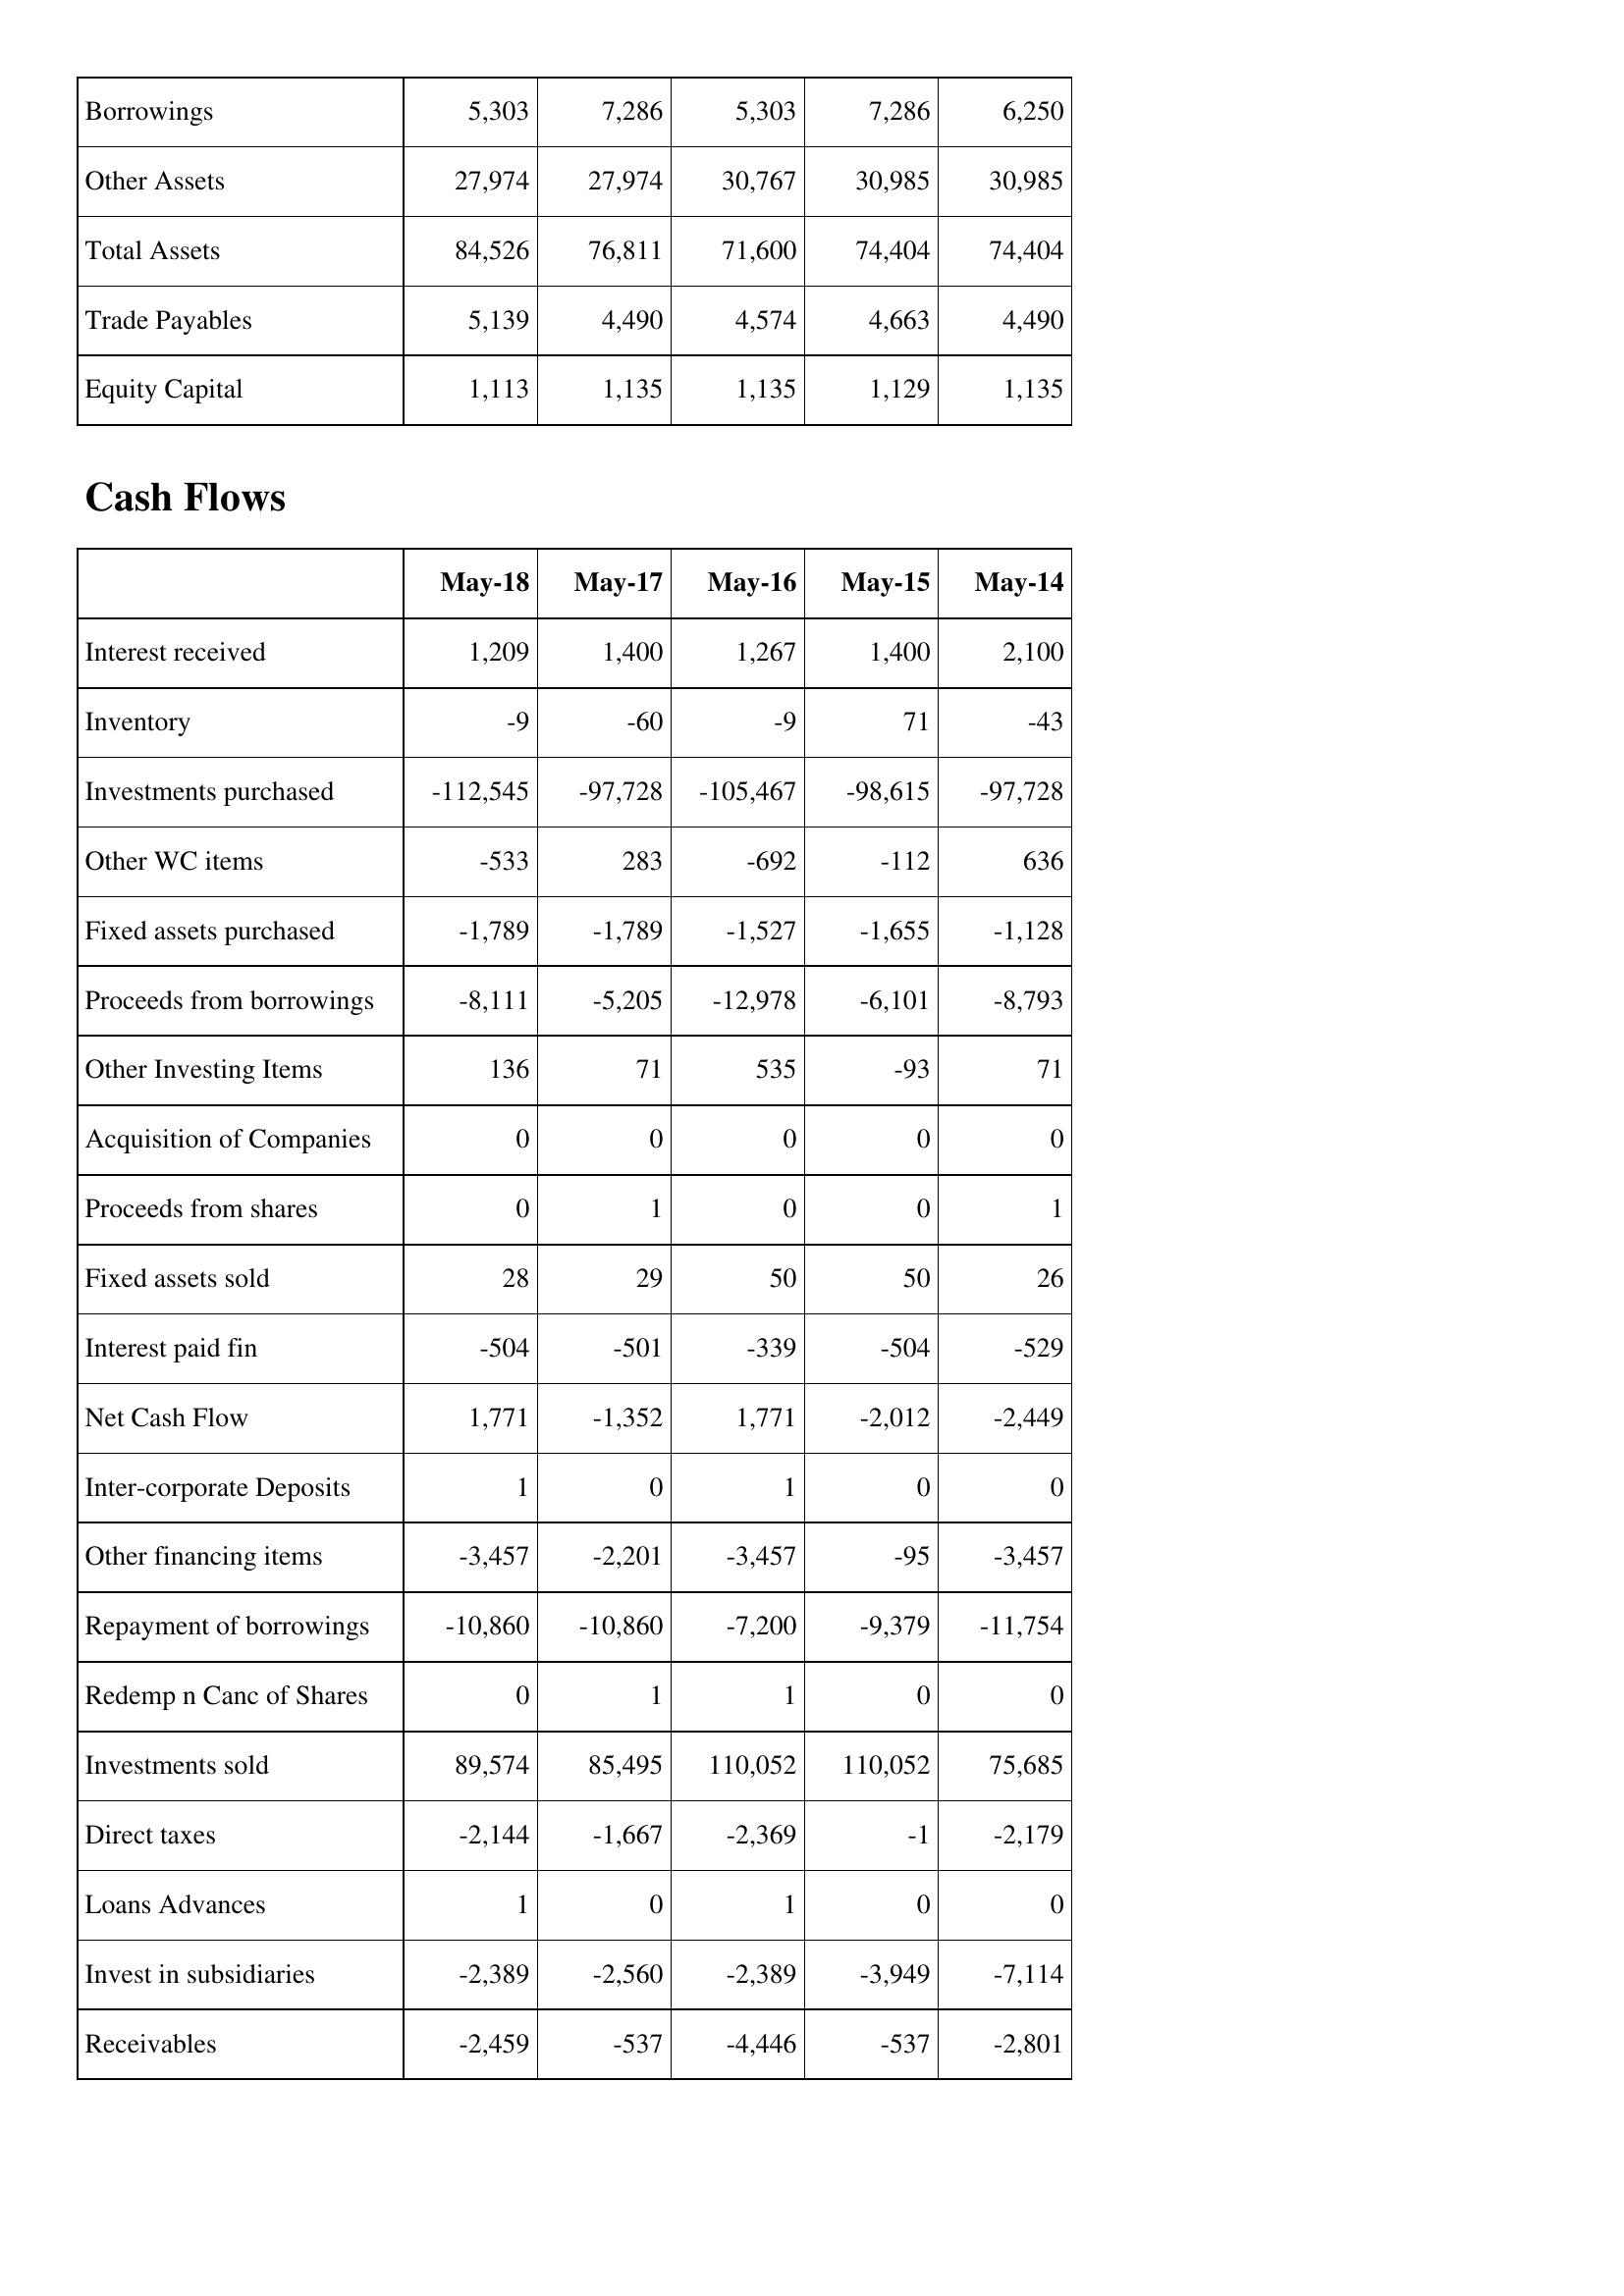
May-18: Balance Sheet: Borrowings: 5,303
Other Assets: 27,974
Total Assets: 84,526
Trade Payables: 5,139
Equity Capital: 1,113
Cash Flows: Interest received: 1,209
Inventory: -9
Investments purchased: -112,545
Other WC items: -533
Fixed assets purchased: -1,789
Proceeds from borrowings: -8,111
Other Investing Items: 136
Acquisition of Companies: 0
Proceeds from shares: 0
Fixed assets sold: 28
Interest paid fin: -504
Net Cash Flow: 1,771
Inter-corporate Deposits: 1
Other financing items: -3,457
Repayment of borrowings: -10,860
Redemp n Canc of Shares: 0
Investments sold: 89,574
Direct taxes: -2,144
Loans Advances: 1
Invest in subsidiaries: -2,389
Receivables: -2,459
May-17: Balance Sheet: Borrowings: 7,286
Other Assets: 27,974
Total Assets: 76,811
Trade Payables: 4,490
Equity Capital: 1,135
Cash Flows: Interest received: 1,400
Inventory: -60
Investments purchased: -97,728
Other WC items: 283
Fixed assets purchased: -1,789
Proceeds from borrowings: -5,205
Other Investing Items: 71
Acquisition of Companies: 0
Proceeds from shares: 1
Fixed assets sold: 29
Interest paid fin: -501
Net Cash Flow: -1,352
Inter-corporate Deposits: 0
Other financing items: -2,201
Repayment of borrowings: -10,860
Redemp n Canc of Shares: 1
Investments sold: 85,495
Direct taxes: -1,667
Loans Advances: 0
Invest in subsidiaries: -2,560
Receivables: -537
May-16: Balance Sheet: Borrowings: 5,303
Other Assets: 30,767
Total Assets: 71,600
Trade Payables: 4,574
Equity Capital: 1,135
Cash Flows: Interest received: 1,267
Inventory: -9
Investments purchased: -105,467
Other WC items: -692
Fixed assets purchased: -1,527
Proceeds from borrowings: -12,978
Other Investing Items: 535
Acquisition of Companies: 0
Proceeds from shares: 0
Fixed assets sold: 50
Interest paid fin: -339
Net Cash Flow: 1,771
Inter-corporate Deposits: 1
Other financing items: -3,457
Repayment of borrowings: -7,200
Redemp n Canc of Shares: 1
Investments sold: 110,052
Direct taxes: -2,369
Loans Advances: 1
Invest in subsidiaries: -2,389
Receivables: -4,446
May-15: Balance Sheet: Borrowings: 7,286
Other Assets: 30,985
Total Assets: 74,404
Trade Payables: 4,663
Equity Capital: 1,129
Cash Flows: Interest received: 1,400
Inventory: 71
Investments purchased: -98,615
Other WC items: -112
Fixed assets purchased: -1,655
Proceeds from borrowings: -6,101
Other Investing Items: -93
Acquisition of Companies: 0
Proceeds from shares: 0
Fixed assets sold: 50
Interest paid fin: -504
Net Cash Flow: -2,012
Inter-corporate Deposits: 0
Other financing items: -95
Repayment of borrowings: -9,379
Redemp n Canc of Shares: 0
Investments sold: 110,052
Direct taxes: -1
Loans Advances: 0
Invest in subsidiaries: -3,949
Receivables: -537
May-14: Balance Sheet: Borrowings: 6,250
Other Assets: 30,985
Total Assets: 74,404
Trade Payables: 4,490
Equity Capital: 1,135
Cash Flows: Interest received: 2,100
Inventory: -43
Investments purchased: -97,728
Other WC items: 636
Fixed assets purchased: -1,128
Proceeds from borrowings: -8,793
Other Investing Items: 71
Acquisition of Companies: 0
Proceeds from shares: 1
Fixed assets sold: 26
Interest paid fin: -529
Net Cash Flow: -2,449
Inter-corporate Deposits: 0
Other financing items: -3,457
Repayment of borrowings: -11,754
Redemp n Canc of Shares: 0
Investments sold: 75,685
Direct taxes: -2,179
Loans Advances: 0
Invest in subsidiaries: -7,114
Receivables: -2,801